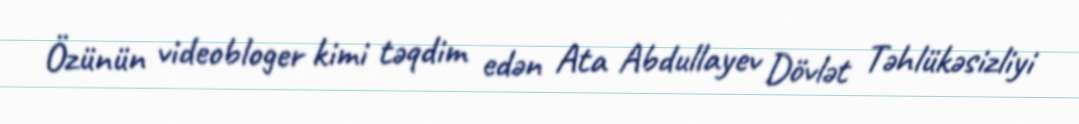
Özünün videobloger kimi təqdim edən Ata Abdullayev Dövlət Təhlükəsizliyi